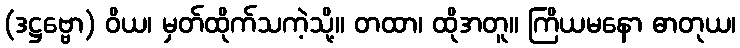
(ဒဋ္ဌဗ္ဗော) ဝိယ၊ မှတ်ထိုက်သကဲ့သို့။ တထာ၊ ထိုအတူ။ ကြိယမနော ဓာတုယ၊